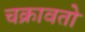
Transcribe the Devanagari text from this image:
चक्रावतो